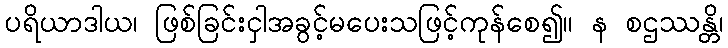
ပရိယာဒါယ၊ ဖြစ်ခြင်းငှါအခွင့်မပေးသဖြင့်ကုန်စေ၍။ န စဌဿန္တိ၊